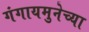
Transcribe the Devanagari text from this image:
गंगायमुनेच्या